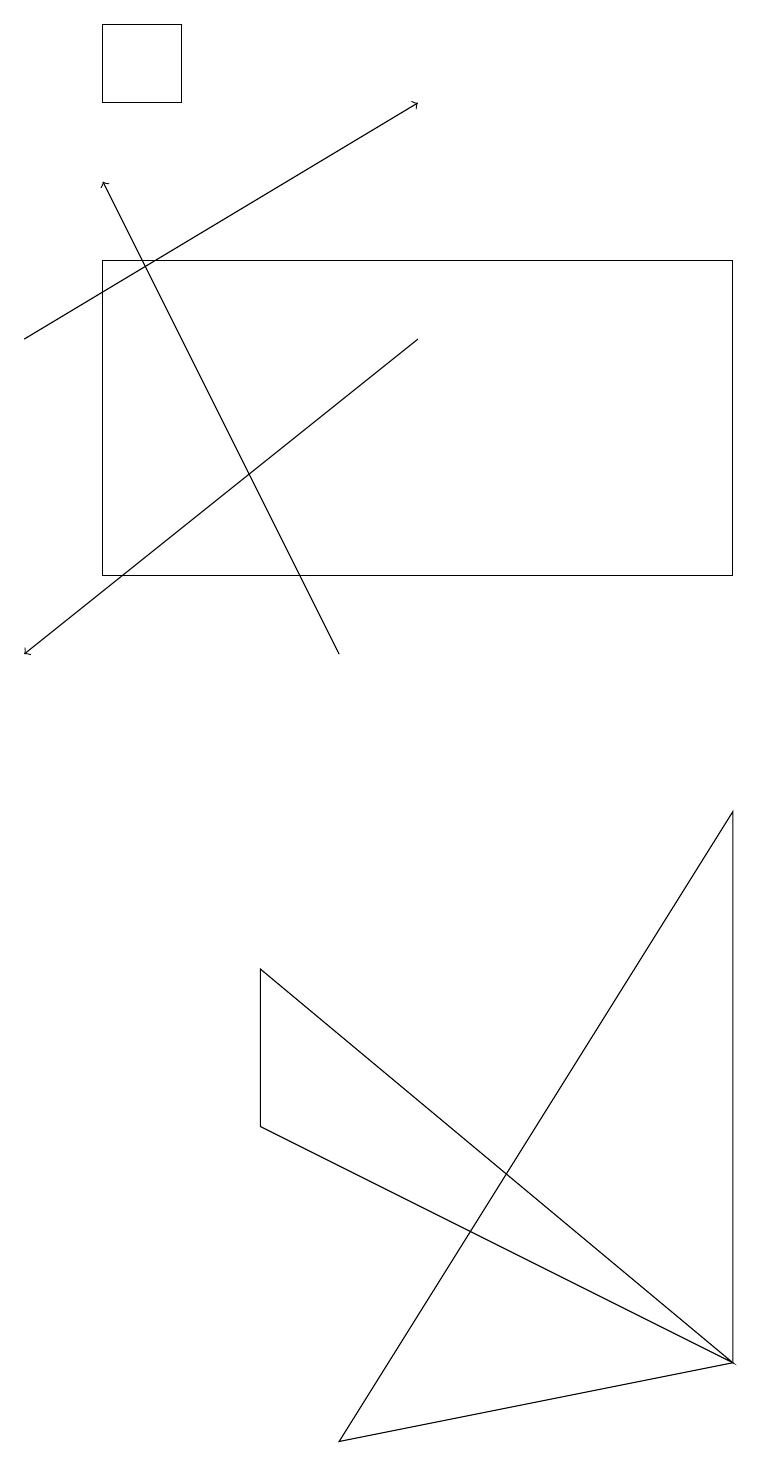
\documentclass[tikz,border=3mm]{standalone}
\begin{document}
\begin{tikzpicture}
\draw[->] (5,14) -- (0,10);
\draw (1,11) rectangle (9,15);
\draw[->] (0,14) -- (5,17);
\draw (9,1) -- (9,8) -- (4,0) -- cycle;
\draw[->] (4,10) -- (1,16);
\draw (9,1) -- (3,6) -- (3,4) -- cycle;
\draw (2,18) rectangle (1,17);
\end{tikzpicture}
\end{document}